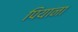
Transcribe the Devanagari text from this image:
पियाना